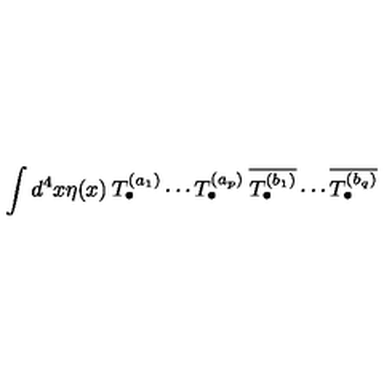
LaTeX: \int d ^ { 4 } x \eta ( x ) \: T _ { \bullet } ^ { ( a _ { 1 } ) } \cdots T _ { \bullet } ^ { ( a _ { p } ) } \: \overline { { T _ { \bullet } ^ { ( b _ { 1 } ) } } } \cdots \overline { { T _ { \bullet } ^ { ( b _ { q } ) } } }